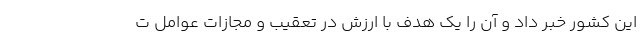
این کشور خبر داد و آن را یک هدف با ارزش در تعقیب و مجازات عوامل ت